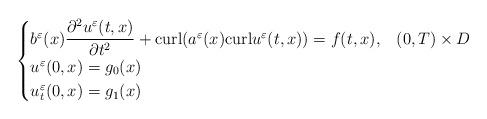
LaTeX: \begin{align*}\begin{cases}b^\varepsilon(x)\dfrac{\partial^2u^\varepsilon(t,x) }{\partial t^2}+ \mathrm{curl}( a^\varepsilon(x)\mathrm{curl} u^\varepsilon(t,x) )=f(t,x),& (0,T) \times D\\u^\varepsilon(0,x)=g_0(x)&\\u_t^\varepsilon(0,x)=g_1(x)&\\\end{cases}\end{align*}